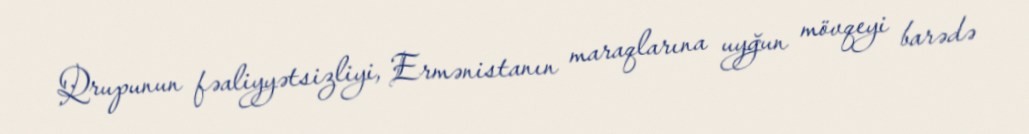
Qrupunun fəaliyyətsizliyi, Ermənistanın maraqlarına uyğun mövqeyi barədə